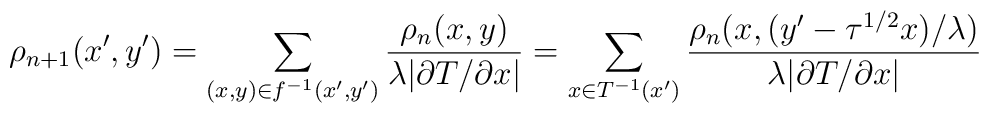
\rho_{n+1}(x',y') = \sum_{(x,y)\in f^{-1}(x',y')}          \frac{\rho_n(x,y)}{\lambda |\partial T/\partial x|}                  = \sum_{x\in T^{-1}(x')}          \frac{\rho_n(x,(y'-\tau^{1/2}x)/\lambda)}               {\lambda |\partial T/\partial x|}